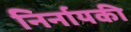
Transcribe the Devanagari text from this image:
निर्नायकी